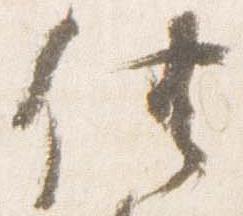
供